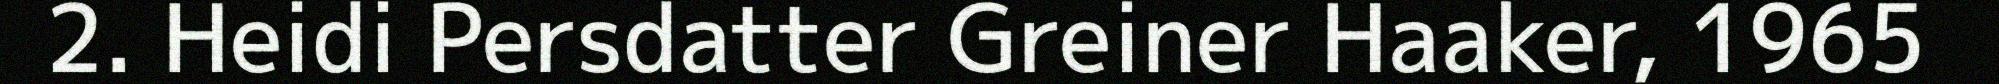
2. Heidi Persdatter Greiner Haaker, 1965